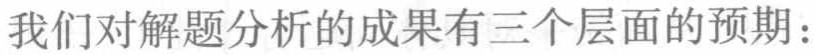
我们对解题分析的成果有三个层面的预期：